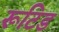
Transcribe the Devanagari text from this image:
रूटिड